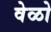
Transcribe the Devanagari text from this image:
वेळो